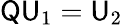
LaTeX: {\sf Q}{\sf U}_{1}={\sf U}_{2}